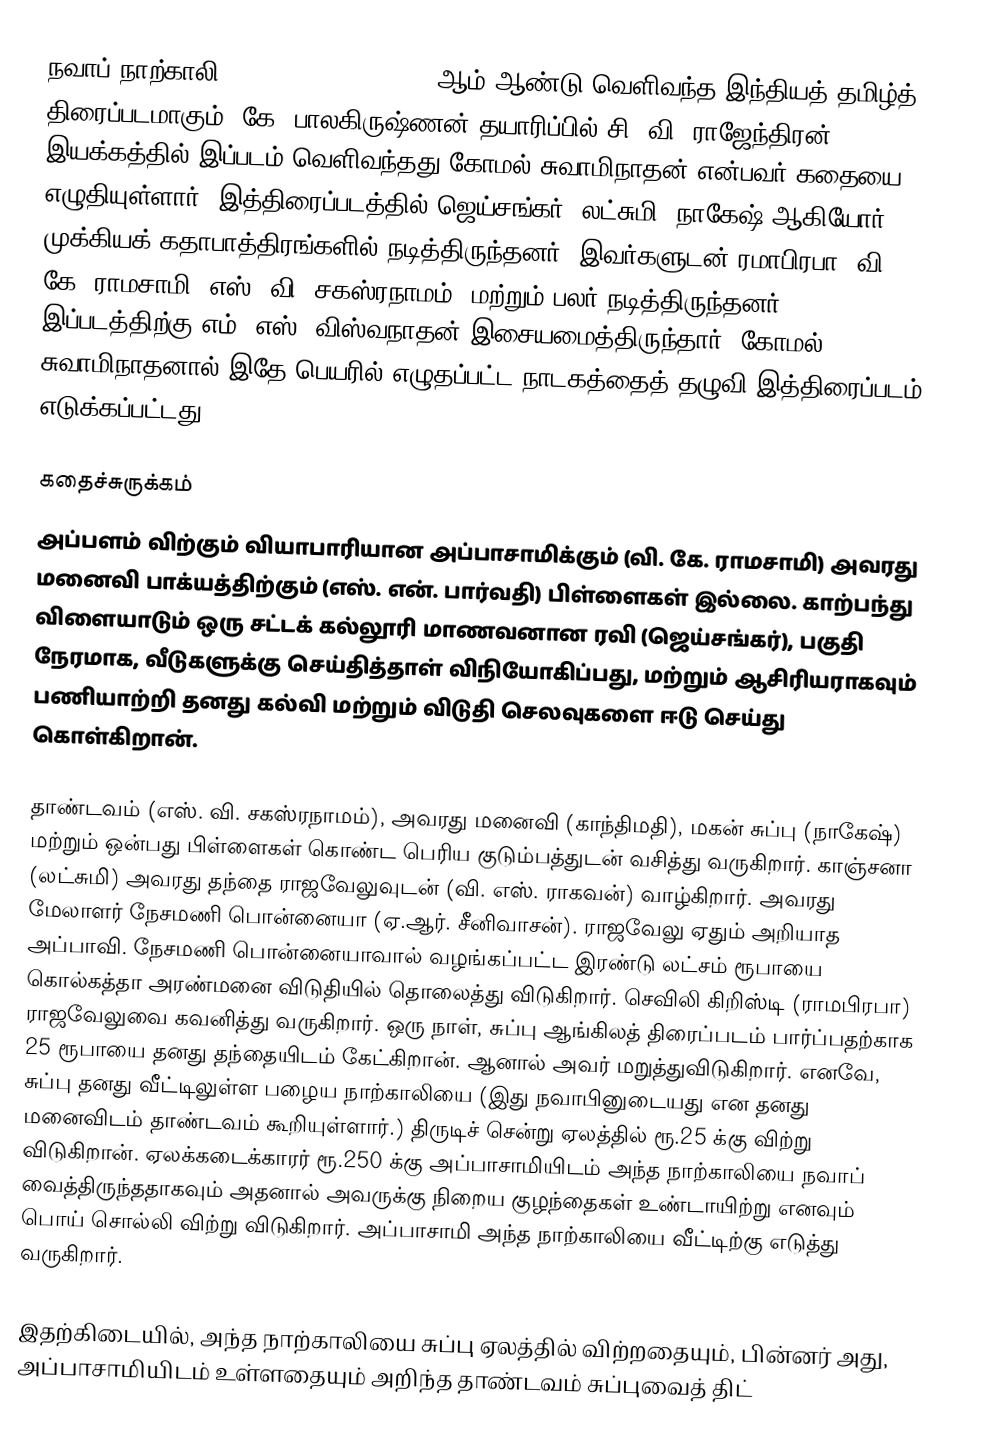
நவாப் நாற்காலி (Nawab Naarkali) 1972 ஆம் ஆண்டு வெளிவந்த இந்தியத் தமிழ்த் திரைப்படமாகும். கே. பாலகிருஷ்ணன் தயாரிப்பில் சி. வி. ராஜேந்திரன் இயக்கத்தில் இப்படம் வெளிவந்தது  கோமல் சுவாமிநாதன் என்பவர் கதையை எழுதியுள்ளார். இத்திரைப்படத்தில் ஜெய்சங்கர், லட்சுமி ,நாகேஷ் ஆகியோர் முக்கியக் கதாபாத்திரங்களில் நடித்திருந்தனர். இவர்களுடன் ரமாபிரபா, வி. கே. ராமசாமி, எஸ். வி. சகஸ்ரநாமம், மற்றும் பலர் நடித்திருந்தனர். இப்படத்திற்கு எம். எஸ். விஸ்வநாதன் இசையமைத்திருந்தார்.  கோமல் சுவாமிநாதனால் இதே பெயரில் எழுதப்பட்ட நாடகத்தைத் தழுவி இத்திரைப்படம் எடுக்கப்பட்டது.

கதைச்சுருக்கம்
அப்பளம் விற்கும் வியாபாரியான அப்பாசாமிக்கும் (வி. கே. ராமசாமி) அவரது மனைவி பாக்யத்திற்கும் (எஸ். என். பார்வதி) பிள்ளைகள் இல்லை. காற்பந்து விளையாடும் ஒரு சட்டக் கல்லூரி மாணவனான ரவி (ஜெய்சங்கர்), பகுதி நேரமாக, வீடுகளுக்கு செய்தித்தாள் விநியோகிப்பது, மற்றும் ஆசிரியராகவும் பணியாற்றி தனது கல்வி மற்றும் விடுதி செலவுகளை ஈடு செய்து கொள்கிறான்.

தாண்டவம் (எஸ். வி. சகஸ்ரநாமம்), அவரது மனைவி (காந்திமதி), மகன் சுப்பு (நாகேஷ்) மற்றும் ஒன்பது பிள்ளைகள் கொண்ட பெரிய குடும்பத்துடன் வசித்து வருகிறார். காஞ்சனா (லட்சுமி) அவரது தந்தை ராஜவேலுவுடன் (வி. எஸ். ராகவன்) வாழ்கிறார். அவரது மேலாளர் நேசமணி பொன்னையா (ஏ.ஆர். சீனிவாசன்). ராஜவேலு ஏதும் அறியாத அப்பாவி. நேசமணி பொன்னையாவால் வழங்கப்பட்ட இரண்டு லட்சம் ரூபாயை கொல்கத்தா அரண்மனை விடுதியில் தொலைத்து விடுகிறார். செவிலி கிறிஸ்டி (ராமபிரபா) ராஜவேலுவை கவனித்து வருகிறார். ஒரு நாள், சுப்பு ஆங்கிலத் திரைப்படம் பார்ப்பதற்காக 25 ரூபாயை தனது தந்தையிடம் கேட்கிறான். ஆனால் அவர் மறுத்துவிடுகிறார். எனவே, சுப்பு தனது வீட்டிலுள்ள பழைய நாற்காலியை (இது நவாபினுடையது என தனது மனைவிடம் தாண்டவம் கூறியுள்ளார்.) திருடிச் சென்று ஏலத்தில் ரூ.25 க்கு விற்று விடுகிறான். ஏலக்கடைக்காரர் ரூ.250 க்கு அப்பாசாமியிடம் அந்த நாற்காலியை நவாப் வைத்திருந்ததாகவும் அதனால் அவருக்கு நிறைய குழந்தைகள் உண்டாயிற்று எனவும் பொய் சொல்லி விற்று விடுகிறார். அப்பாசாமி அந்த நாற்காலியை வீட்டிற்கு எடுத்து வருகிறார்.

இதற்கிடையில், அந்த நாற்காலியை சுப்பு ஏலத்தில் விற்றதையும், பின்னர் அது, அப்பாசாமியிடம் உள்ளதையும் அறிந்த தாண்டவம் சுப்புவைத் திட்